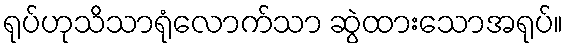
ရုပ်ဟုသိသာရုံလောက်သာ ဆွဲထားသောအရုပ်။